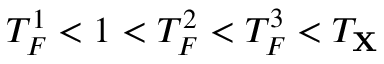
T _ { F } ^ { 1 } < 1 < T _ { F } ^ { 2 } < T _ { F } ^ { 3 } < T _ { \mathbf { X } }